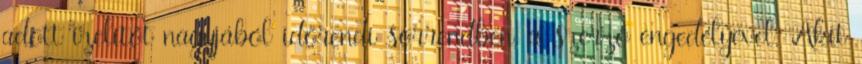
adott ízelítőt nagyjából időrendi sorrendben, a szerző engedélyével. Akit